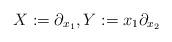
LaTeX: \begin{align*}X:=\partial_{x_1},Y:=x_1\partial_{x_2}\end{align*}